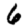
Digit: 6